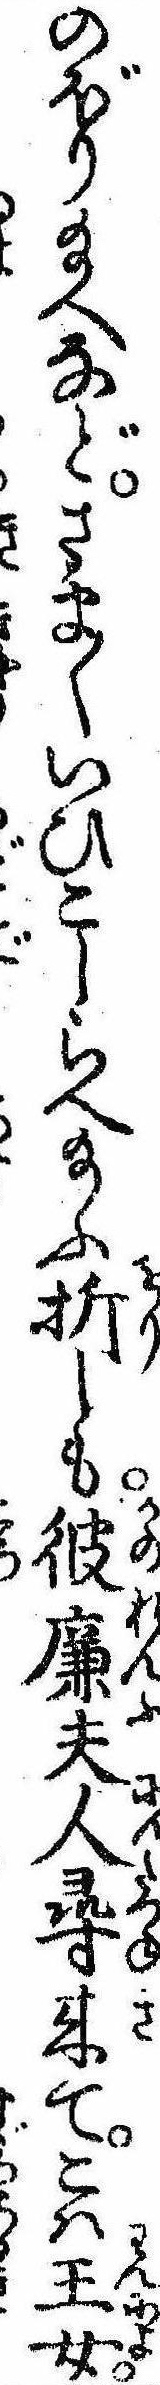
のぼり給へなどさま〱いひこしらへ給ふ折しも彼廉夫人尋来てこは王女